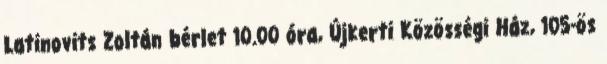
Latinovits Zoltán bérlet 10.00 óra, Újkerti Közösségi Ház, 105-ös